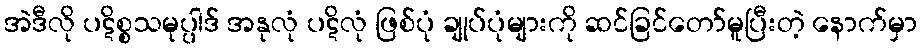
အဲဒီလို ပဋိစ္စသမုပ္ပါဒ် အနုလုံ ပဋိလုံ ဖြစ်ပုံ ချုပ်ပုံများကို ဆင်ခြင်တော်မူပြီးတဲ့ နောက်မှာ